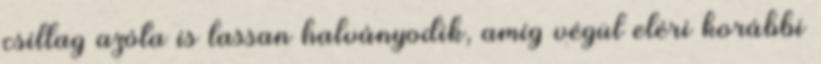
csillag azóta is lassan halványodik, amíg végül eléri korábbi